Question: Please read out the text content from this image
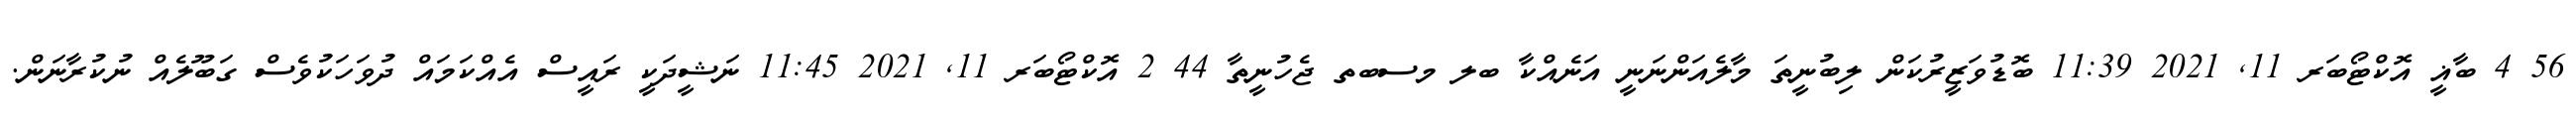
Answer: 56 4 ބާޣީ އޮކްޓޯބަރ 11, 2021 11:39 ބޮޑުވަޒީރުކަން ލިބުނީތަ މާލެއަންނަނީ އަނެއްކާ ބލ މސބތ ޖެހުނީތާ 44 2 އޮކްޓޯބަރ 11, 2021 11:45 ނަޝީދަކީ ރައީސް އެއްކަމައް ދުވަހަކުވެސް ގަބޫލެއް ނުކުރާނަން.